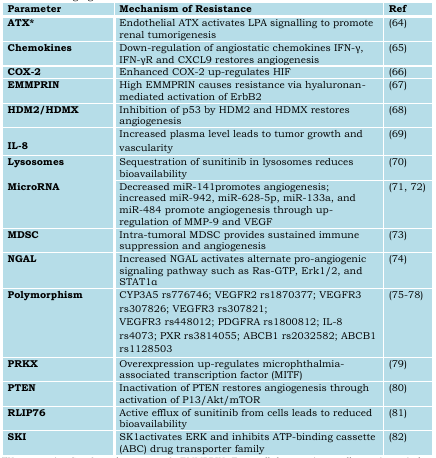
<table><thead><tr><td><b>Parameter</b></td><td><b>Mechanism of Resistance</b></td><td><b>Ref</b></td></tr></thead><tbody><tr><td>ATX*</td><td>Endothelial ATX activates LPA signalling to promote renal tumorigenesis</td><td>(64)</td></tr><tr><td>Chemokines</td><td>Down-regulation of angiostatic chemokines IFN-γ, IFN-γR and CXCL9 restores angiogenesis</td><td>(65)</td></tr><tr><td>COX-2</td><td>Enhanced COX-2 up-regulates HIF</td><td>(66)</td></tr><tr><td>EMMPRIN</td><td>High EMMPRIN causes resistance via hyaluronan-mediated activation of ErbB2</td><td>(67)</td></tr><tr><td>HDM2/HDMX</td><td>Inhibition of p53 by HDM2 and HDMX restores angiogenesis</td><td>(68)</td></tr><tr><td>IL-8</td><td>Increased plasma level leads to tumor growth and vascularity</td><td>(69)</td></tr><tr><td>Lysosomes</td><td>Sequestration of sunitinib in lysosomes reduces bioavailability</td><td>(70)</td></tr><tr><td>MicroRNA</td><td>Decreased miR-141promotes angiogenesis;increased miR-942, miR-628-5p, miR-133a, and miR-484 promote angiogenesis through up-regulation of MMP-9 and VEGF</td><td>(71, 72)</td></tr><tr><td>MDSC</td><td>Intra-tumoral MDSC provides sustained immune suppression and angiogenesis</td><td>(73)</td></tr><tr><td>NGAL</td><td>Increased NGAL activates alternate pro-angiogenic signaling pathway such as Ras-GTP, Erk1/2, and STAT1α</td><td>(74)</td></tr><tr><td>Polymorphism</td><td>CYP3A5 rs776746; VEGFR2 rs1870377; VEGFR3 rs307826; VEGFR3 rs307821;VEGFR3 rs448012; PDGFRA rs1800812; IL-8 rs4073; PXR rs3814055; ABCB1 rs2032582; ABCB1 rs1128503</td><td>(75–78)</td></tr><tr><td>PRKX</td><td>Overexpression up-regulates microphthalmia-associated transcription factor (MITF)</td><td>(79)</td></tr><tr><td>PTEN</td><td>Inactivation of PTEN restores angiogenesis through activation of P13/Akt/mTOR</td><td>(80)</td></tr><tr><td>RLIP76</td><td>Active efflux of sunitinib from cells leads to reduced bioavailability</td><td>(81)</td></tr><tr><td>SKI</td><td>SK1activates ERK and inhibits ATP-binding cassette (ABC) drug transporter family</td><td>(82)</td></tr></tbody></table>